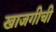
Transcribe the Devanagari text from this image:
खाजगीची